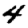
Digit: 4